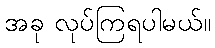
အခု လုပ်ကြရပါမယ်။